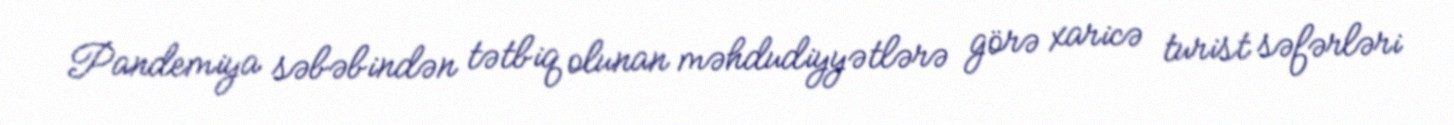
Pandemiya səbəbindən tətbiq olunan məhdudiyyətlərə görə xaricə turist səfərləri